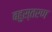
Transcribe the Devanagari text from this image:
बहुस्तरण